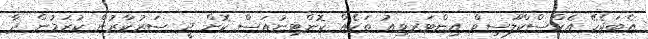
އެބަޖެހޭ އެކްސްކްލޫސިވް އިންޓަރވިއު ތަކެއް ކޮންޓިނުއަސް ކޮށް ދީ ސަރުކާރުން ކުރަމުން ދާ